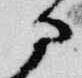
部